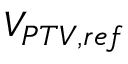
V _ { P T V , r e f }